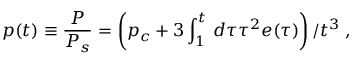
p ( t ) \equiv \frac { P } { P _ { s } } = \left( p _ { c } + 3 \int _ { 1 } ^ { t } \, d \tau \tau ^ { 2 } e ( \tau ) \right) / t ^ { 3 } \; ,